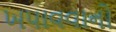
ખપાવવાનો